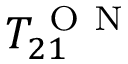
T _ { 2 1 } ^ { \mathrm { ~ O ~ N ~ } }